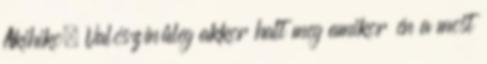
Akihiko. Valószínűleg akkor halt meg amikor én a most